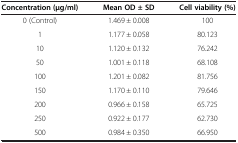
| Concentration (μg/ml) | Mean OD ± SD | Cell viability (%) |
 | --- | --- | --- |
 | 0 (Control) | 1.469 ± 0.008 | 100 |
 | 1 | 1.177 ± 0.058 | 80.123 |
 | 10 | 1.120 ± 0.132 | 76.242 |
 | 50 | 1.001 ± 0.118 | 68.108 |
 | 100 | 1.201 ± 0.082 | 81.756 |
 | 150 | 1.170 ± 0.110 | 79.646 |
 | 200 | 0.966 ± 0.158 | 65.725 |
 | 250 | 0.922 ± 0.177 | 62.730 |
 | 500 | 0.984 ± 0.350 | 66.950 |